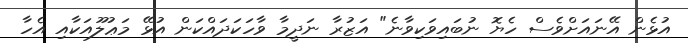
އުޅެން އޭނައަށްވެސް ހެޔޮ ނުބައިވަކިވާނެ" އަޒުރާ ނަދީމާ ވާހަކަދައްކަން އުޅޭ މަޢުލޫއަކާއި އެހާ